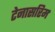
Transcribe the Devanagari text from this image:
टेनासरिम